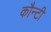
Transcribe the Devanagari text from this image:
कौन्टी